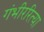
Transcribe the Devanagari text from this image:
गंभीररित्या